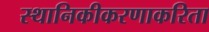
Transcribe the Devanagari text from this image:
स्थानिकीकरणाकरिता